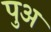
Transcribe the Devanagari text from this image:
पुअ